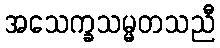
အသေက္ခသမ္မတသညီ